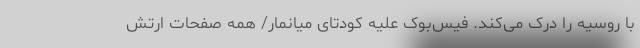
با روسیه را درک می‌کند. فیس‌بوک علیه کودتای میانمار/ همه صفحات ارتش